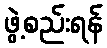
ဖွဲ့စည်းရန်